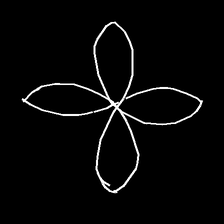
Glyph: billowing